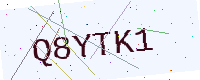
Text: Q8YTK1